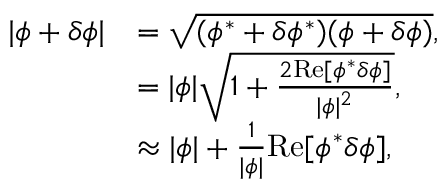
\begin{array} { r l } { | \phi + \delta \phi | } & { = \sqrt { ( \phi ^ { * } + \delta \phi ^ { * } ) ( \phi + \delta \phi ) } , } \\ & { = | \phi | \sqrt { 1 + \frac { 2 \mathrm { R e } [ \phi ^ { * } \delta \phi ] } { | \phi | ^ { 2 } } } , } \\ & { \approx | \phi | + \frac { 1 } { | \phi | } \mathrm { R e } [ \phi ^ { * } \delta \phi ] , } \end{array}